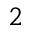
2